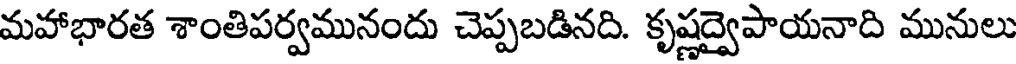
మహాభారత శాంతిపర్వమునందు చెప్పబడినది. కృష్ణద్వైపాయనాది మునులు